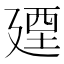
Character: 𢌩